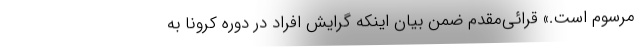
مرسوم است.» قرائی‌مقدم ضمن بیان اینکه گرایش افراد در دوره کرونا به